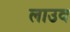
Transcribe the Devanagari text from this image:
लाउव